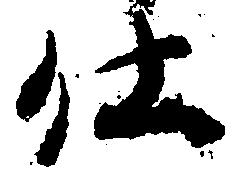
仕